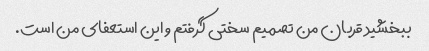
ببخشید قربان من تصمیم سختی گرفتم و این استعفای من است.